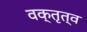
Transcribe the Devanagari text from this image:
वक्तृत्‍व